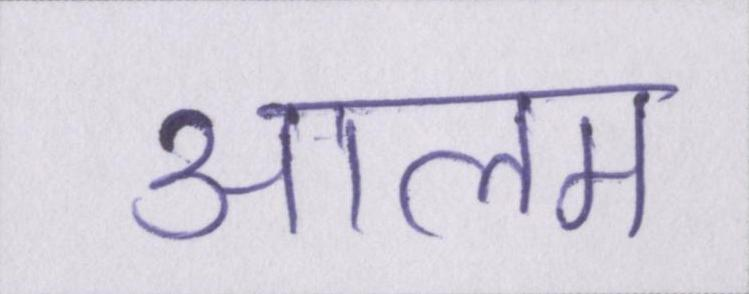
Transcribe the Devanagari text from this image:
आलम